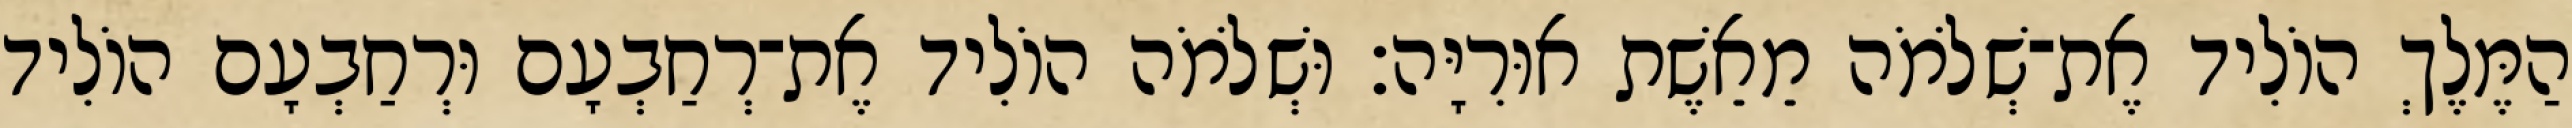
הַמֶּלֶךְ הוֹלִיד אֶת־שְׁלֹמֹה מֵאֵשֶׁת אוּרִיָּה׃ וּשְׁלֹמֹה הוֹלִיד אֶת־רְחַבְעָם וּרְחַבְעָם הוֹלִיד